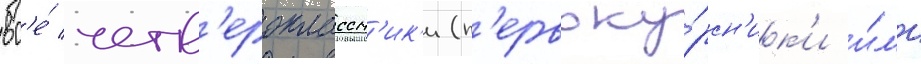
вс'е́ четв'ероклассн'ик'и (п'ервоку́рсн'ик'и и́л'и